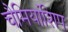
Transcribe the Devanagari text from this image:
चैमियांशिप